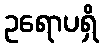
ဥရောပရှိ